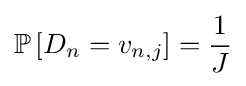
\mathbb {P} \left[D_{n}=v_{n,j}\right]={\frac {1}{J}}